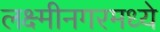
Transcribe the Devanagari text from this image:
लक्ष्मीनगरमध्ये